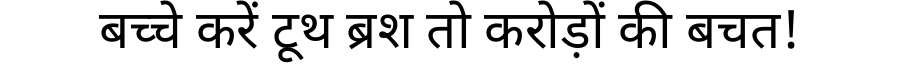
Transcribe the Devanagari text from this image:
बच्चे करें टूथ ब्रश तो करोड़ों की बचत!